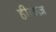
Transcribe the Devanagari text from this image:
हीलज़